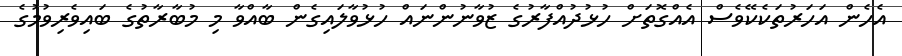
އެހެން އަހަރުތަކެކޭވެސް އެއްގޮތަށް ހުޅުދުއްފާރުގެ ޒުވާނުންނައް ހުޅުވާލައިގެން ބާއްވާ މި މުބާރާތުގެ ބައިވެރިވުމުގެ